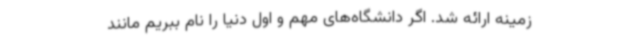
زمینه ارائه شد. اگر دانشگاه‌های مهم و اول دنیا را نام ببریم مانند